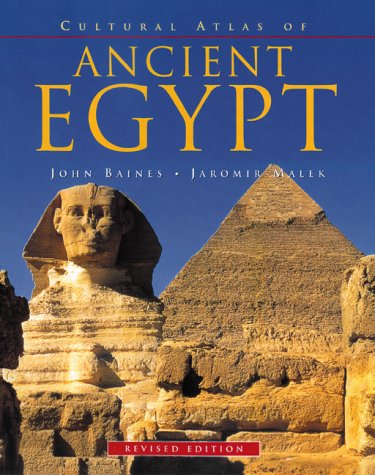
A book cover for Cultural Atlas of Ancient Egypt, Revised Edition (Cultural Atlas Series); John Baines; Travel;